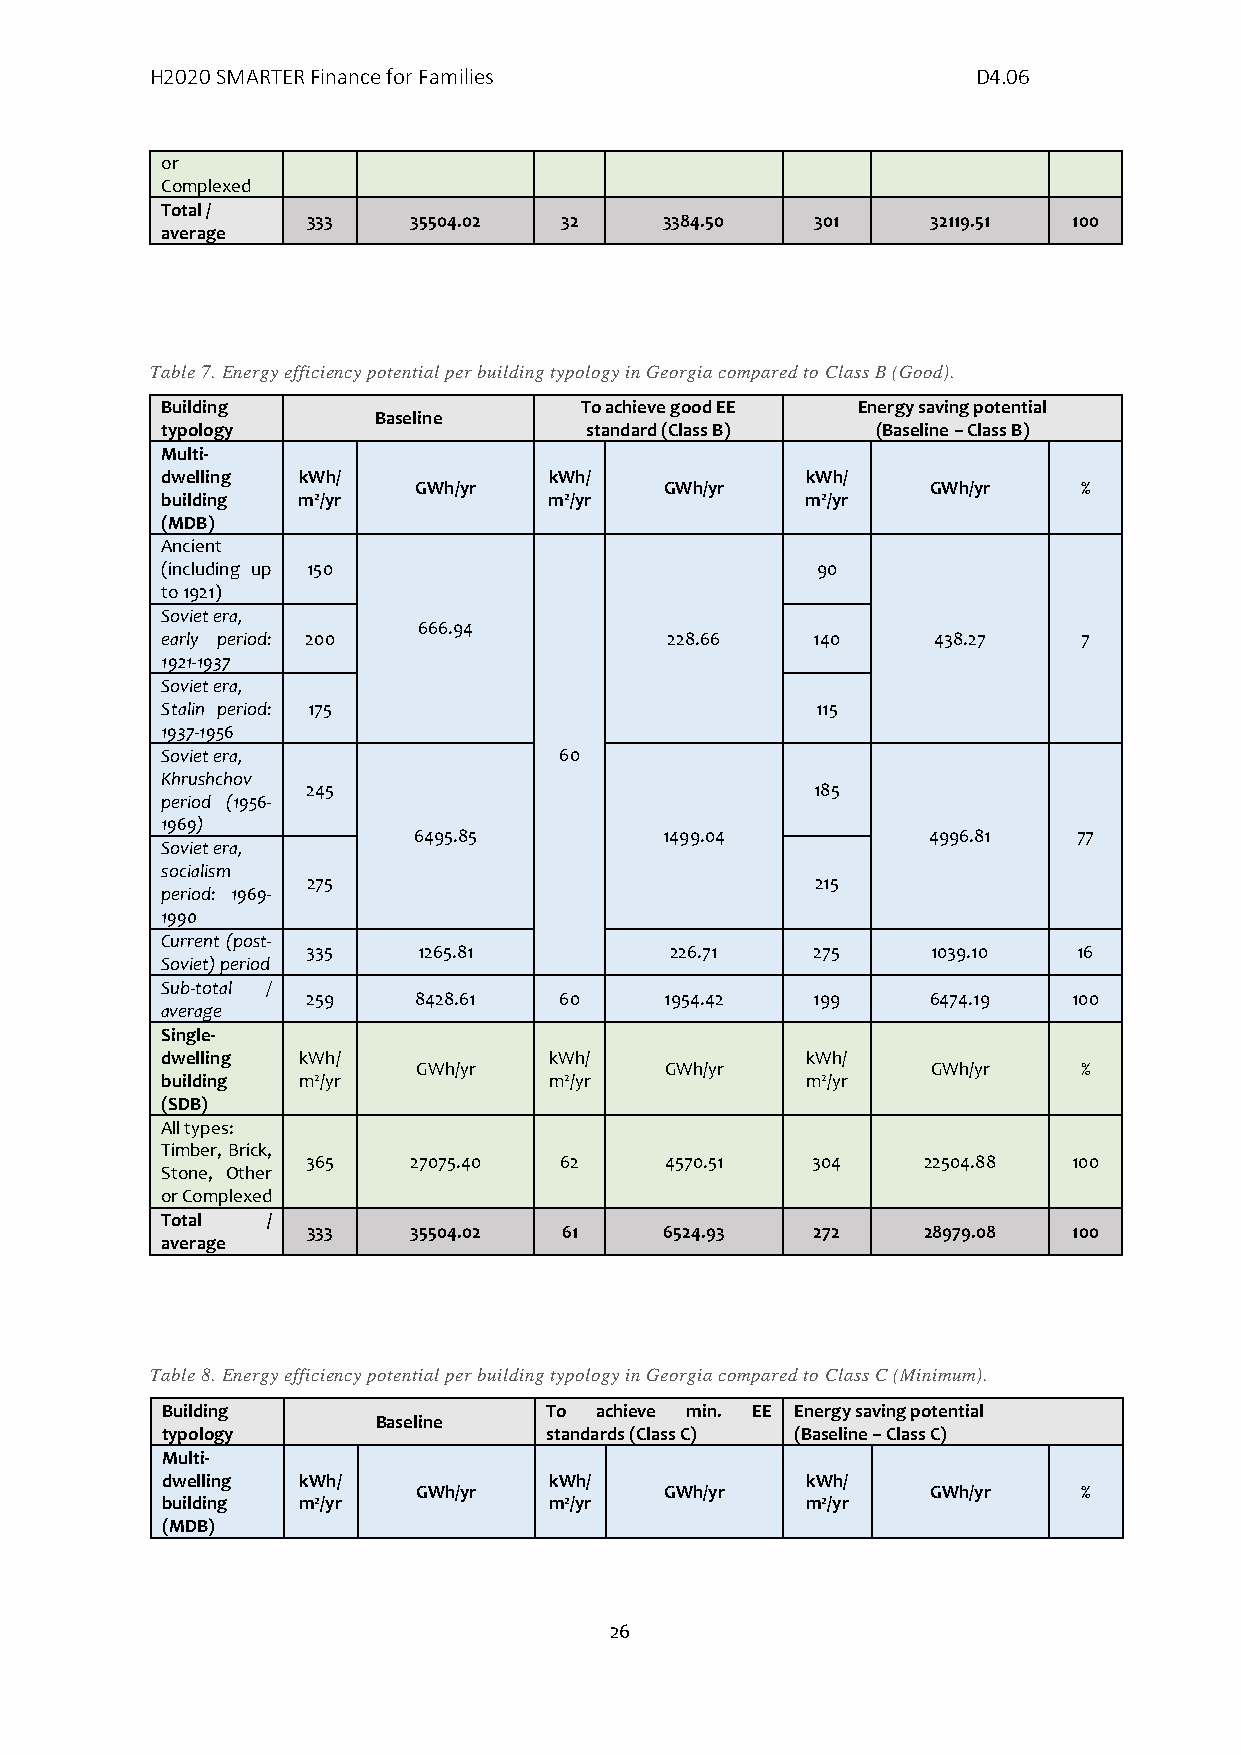
H2020 SMARTER Finance for Families                     D4.06
 or
 Complexed
 Total /
 333    35504.02  32     3384.50   301     32119.51 100
 average
 Table 7. Energy efficiency potential per building typology in Georgia compared to Class B (Good).
 Building                   To achieve good EE Energy saving potential
 Baseline
 typology                    standard (Class B) (Baseline – Class B)
 Multi-
 dwelling kWh/            kWh/             kWh/
 GWh/yr           GWh/yr            GWh/yr    %
 building m2/yr           m2/yr            m2/yr
 (MDB)
 Ancient
 (including up 150                          90
 to 1921)
 Soviet era,
 666.94
 early period: 200                228.66    140     438.27    7
 1 921-1937
 Soviet era,
 Stalin period: 175                         115
 1 937-1956
 Soviet era,               60
 Khrushchov
 245                               185
 period (1956-
 1969)
 6495.85          1499.04          4996.81   7 7
 Soviet era,
 socialism
 275                               215
 period: 1969-
 1990
 Current (post-
 335     1265.81         226.71    275     1039.10  16
 Soviet) period
 Sub-total /
 259    8428.61   60     1954.42   199     6474.19  100
 average
 Single-
 dwelling kWh/            kWh/             kWh/
 GWh/yr          GWh/yr            GWh/yr    %
 building m2/yr           m2/yr            m2/yr
 (SDB)
 All types:
 Timber, Brick,
 365    27075.40  62     4570.51   304    22504.88  100
 Stone, Other
 or Complexed
 Total  /
 333    35504.02  61     6524.93   272    28979.08  100
 average
 Table 8. Energy efficiency potential per building typology in Georgia compared to Class C (Minimum).
 Building                 To achieve min. EE Energy saving potential
 Baseline
 typology                 standards (Class C) ( Baseline – Class C)
 Multi-
 dwelling kWh/            kWh/             kWh/
 GWh/yr          GWh/yr            GWh/yr    %
 building m2/yr           m2/yr            m2/yr
 (MDB)
 26